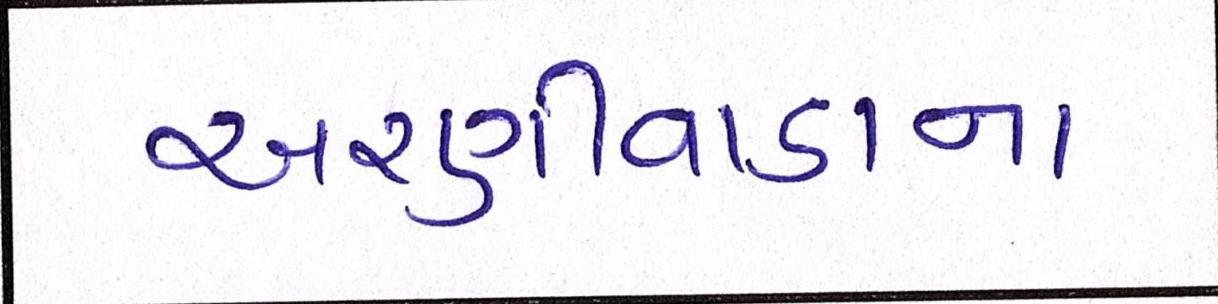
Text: અરણીવાડાના